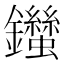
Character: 𨰙